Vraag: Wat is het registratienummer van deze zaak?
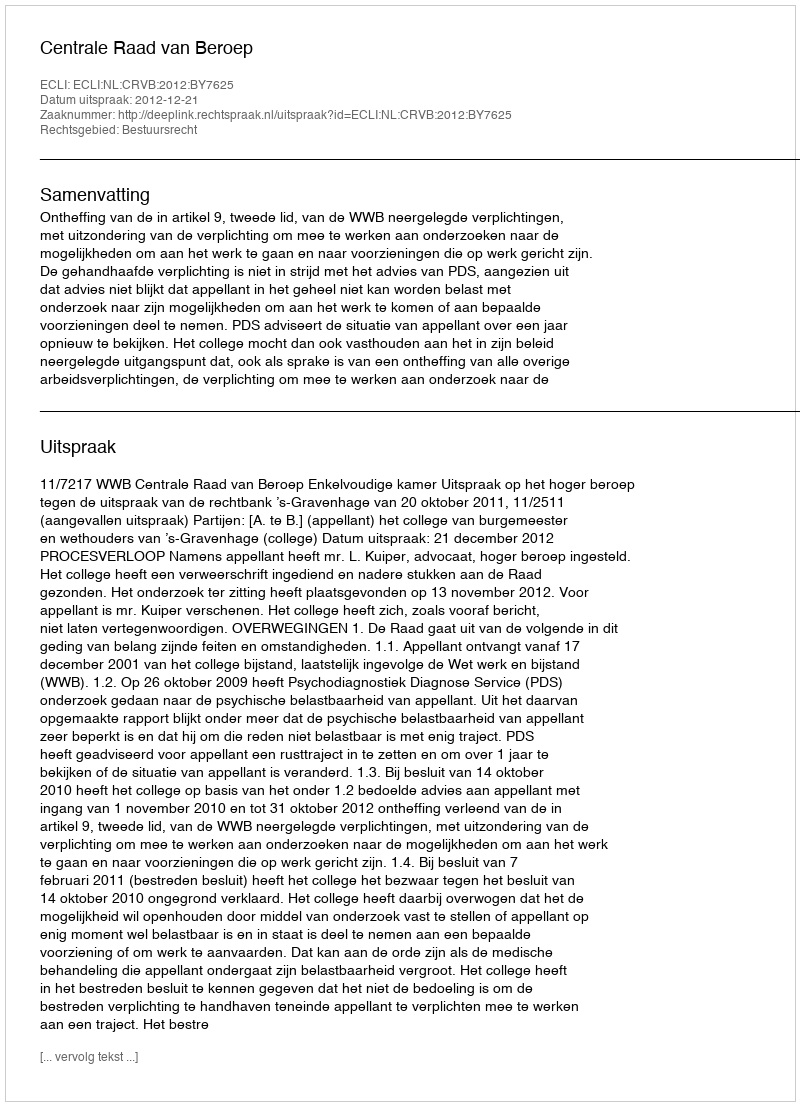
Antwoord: http://deeplink.rechtspraak.nl/uitspraak?id=ECLI:NL:CRVB:2012:BY7625